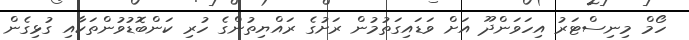
ހޯމް މިނިސްޓަރު އިހަވަންދޫ އަށް ވަޑައިގަތުމުން ރަށުގެ ރައްޔިތުންގެ ހުރި ކަންބޮޑުވުންތަކާއި ގުޅިގެން